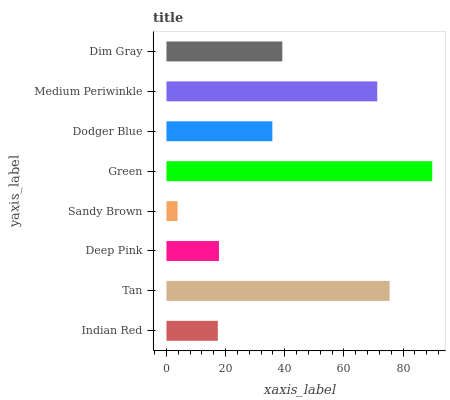
| yaxis_label | bars |
 | --- | --- |
 | Indian Red | 17.4 |
 | Tan | 75.4 |
 | Deep Pink | 17.7 |
 | Sandy Brown | 3.75 |
 | Green | 89.8 |
 | Dodger Blue | 35.8 |
 | Medium Periwinkle | 71.3 |
 | Dim Gray | 39.2 |